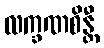
လက္ခဏစိန္တီ